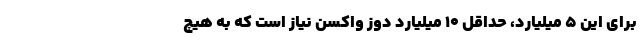
برای این ۵ میلیارد، حداقل ۱۰ میلیارد دوز واکسن نیاز است که به هیچ